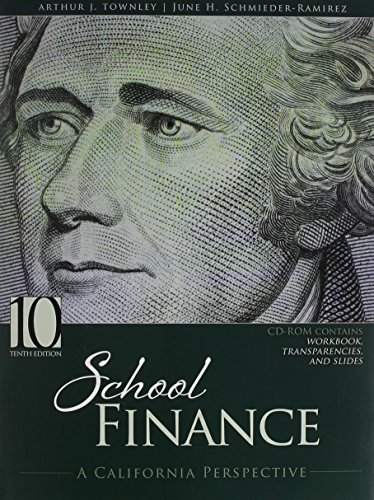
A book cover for School Finance: A California Perspective; TOWNLEY  ARTHUR; Education & Teaching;